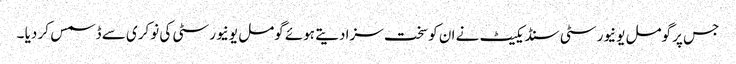
جس پر گومل یونیورسٹی سنڈیکیٹ نے ان کو سخت سزا دیتے ہوئے گومل یونیورسٹی کی نوکری سے ڈسمس کر دیا ۔